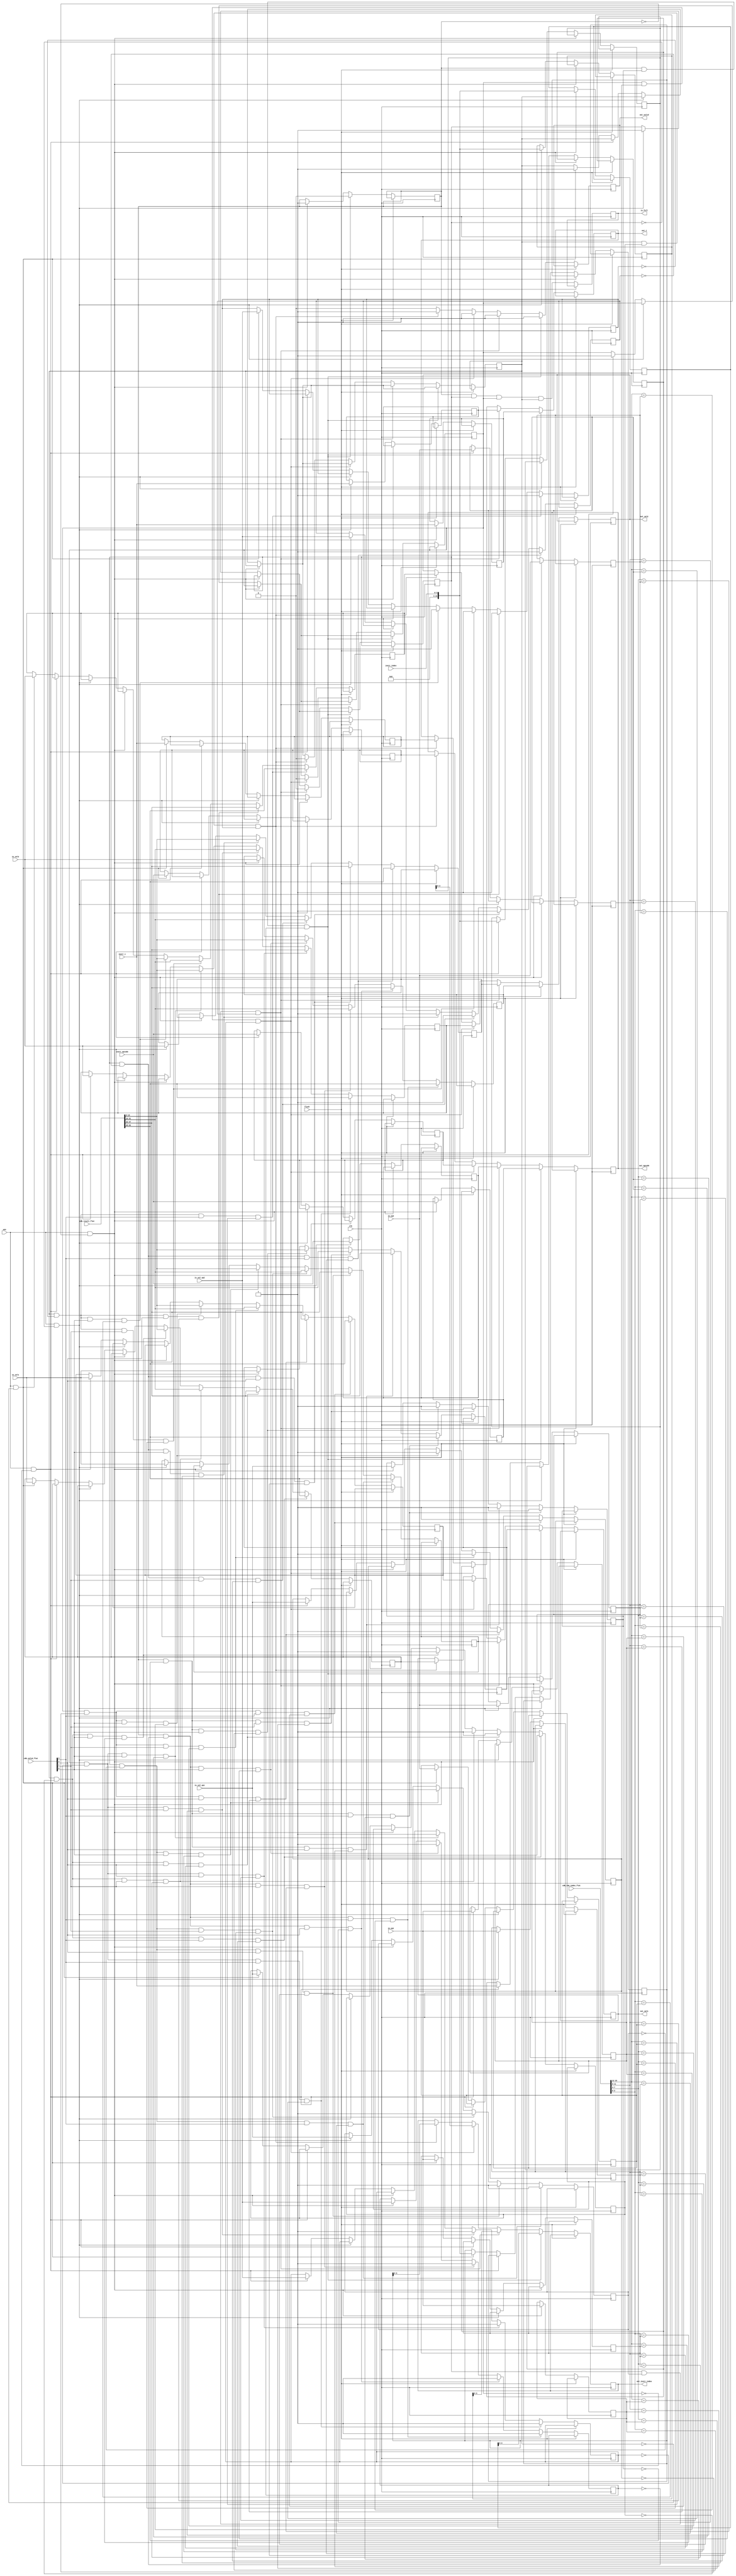
`timescale 1ps/1ps

module ReservationStation(input clk, 
    input wen, input flush,
    input [3:0]instr_index, input [3:0]instr_opcode, input [7:0]instr_i, input [3:0]in_op1, input [3:0]in_op2, input [15:0]in_val1, input [15:0]in_val2, input is_val_op1, input is_val_op2,
    output [3:0]out_instr_index, output [3:0]out_opcode, output [7:0]out_i, output out_valid,
    output [15:0]out_val1, output [15:0]out_val2, output is_full,
    // common data bus input
    input [3:0]cdb_valid_flat, input [15:0]cdb_rob_index_flat, input [63:0]cdb_result_flat
    );
    // if the instruction only has one operand, pass in a value for the second one and set is_val_op2 to true
    genvar n;
    wire cdb_valid[0:3];
    wire [3:0]cdb_rob_index[0:3];
    wire [15:0]cdb_result[0:3];
    generate
        for (n=0;n<4;n=n+1) assign cdb_valid[3-n] = cdb_valid_flat[1*n+0:1*n];
        for (n=0;n<4;n=n+1) assign cdb_rob_index[3-n] = cdb_rob_index_flat[4*n+3:4*n];
        for (n=0;n<4;n=n+1) assign cdb_result[3-n] = cdb_result_flat[16*n+15:16*n];
    endgenerate




    reg [15:0]instruction_indices[0:3]; // holds instruction address in ROB
    reg [3:0]instr_opcodes[0:3]; // holds 4-bit instruction opcodes
    reg [7:0]instr_i_values[0:3];     // holds immediate value for 
    reg instruction_valid[0:3];  // does this row actually represent an instruction or is it empty?
    initial begin
        instruction_valid[0] = 0;
        instruction_valid[1] = 0;
        instruction_valid[2] = 0;
        instruction_valid[3] = 0;
    end
    reg [3:0]op1[0:3];   // store owner of operand 1 register
    reg op1_valid[0:3];  // set to true once op1 resolves to a value
    reg [15:0]val1[0:3]; // store resolved value of operand 1
    reg [3:0]op2[0:3];   // store owner of operand 2 register
    reg op2_valid[0:3];  // set to true once op2 resolves to a value
    reg [15:0]val2[0:3]; // store resolved value of operand 2

    // output an instruction that is ready if stage 1 of the functional unit isn't busy (which it never is because it's pipelined)
    reg [3:0] out_instr_index_reg; // instruction address in ROB
    reg [3:0] out_opcode_reg; // the instruction itself
    reg [7:0] out_i_reg;      // immediate value if needed
    reg       out_valid_reg = 0;            // is this an actual output
    reg [15:0]out_val1_reg;       // resolved value of operand 1
    reg [15:0]out_val2_reg;       // resolved value of operand 2

    // is reservation station full when trying to write versus in general
    reg is_full_reg = 0;

    assign out_instr_index = out_instr_index_reg;
    assign out_opcode = out_opcode_reg;
    assign out_i = out_i_reg;
    assign out_valid = out_valid_reg;
    assign out_val1 = out_val1_reg;
    assign out_val2 = out_val2_reg;
    
    assign is_full = is_full_reg;

    integer i;
    wire i0_valid = instruction_valid[2'b00];
    wire [3:0] i0_opcode = instr_opcodes[0];
    wire i0_op1_valid = op1_valid[0];
    wire i0_op2_valid = op2_valid[0];

    always @(posedge clk) begin
        // flushing is this simple?
        if (~flush) begin
            // write an instruction to a free spot in the reservation station
            if (wen & ~instruction_valid[2'b00]) begin
                instruction_valid[2'b00] <= 1;
                instr_opcodes[2'b00] <= instr_opcode;
                instr_i_values[2'b00] <= instr_i;
                instruction_indices[2'b00] <= instr_index;

                op1[2'b00] <= in_op1;
                op2[2'b00] <= in_op2;

                val1[2'b00] <= in_val1;
                val2[2'b00] <= in_val2;

                op1_valid[2'b00] <= is_val_op1;
                op2_valid[2'b00] <= is_val_op2;
            end
            else if (wen & ~instruction_valid[2'b01]) begin
                instruction_valid[2'b01] <= 1;
                instr_opcodes[2'b01] <= instr_opcode;
                instr_i_values[2'b01] <= instr_i;
                instruction_indices[2'b01] <= instr_index;

                op1[2'b01] <= in_op1;
                op2[2'b01] <= in_op2;

                val1[2'b01] <= in_val1;
                val2[2'b01] <= in_val2;

                op1_valid[2'b01] <= is_val_op1;
                op2_valid[2'b01] <= is_val_op2;
            end
            else if (wen & ~instruction_valid[2'b10]) begin
                instruction_valid[2'b10] <= 1;
                instr_opcodes[2'b10] <= instr_opcode;
                instr_i_values[2'b10] <= instr_i;
                instruction_indices[2'b10] <= instr_index;

                op1[2'b10] <= in_op1;
                op2[2'b10] <= in_op2;

                val1[2'b10] <= in_val1;
                val2[2'b10] <= in_val2;

                op1_valid[2'b10] <= is_val_op1;
                op2_valid[2'b10] <= is_val_op2;
            end
            else if (wen & ~instruction_valid[2'b11]) begin
                instruction_valid[2'b11] <= 1;
                instr_opcodes[2'b11] <= instr_opcode;
                instr_i_values[2'b11] <= instr_i;
                instruction_indices[2'b11] <= instr_index;

                op1[2'b11] <= in_op1;
                op2[2'b11] <= in_op2;

                val1[2'b11] <= in_val1;
                val2[2'b11] <= in_val2;

                op1_valid[2'b11] <= is_val_op1;
                op2_valid[2'b11] <= is_val_op2;
            end

            is_full_reg <= instruction_valid[0] & instruction_valid[1] & instruction_valid[2] & instruction_valid[3];

            // update any operands which aren't ready if common data bus has value  
            for(i = 0; i < 4; i = i + 1) begin
                if (instruction_valid[i] & ~op1_valid[i] & cdb_valid[0] & (cdb_rob_index[0] == op1[i])) begin
                    val1[i] <= cdb_result[0];
                    op1_valid[i] <= 1;
                end
                else if (instruction_valid[i] & ~op1_valid[i] & cdb_valid[1] & (cdb_rob_index[1] == op1[i])) begin
                    val1[i] <= cdb_result[1];
                    op1_valid[i] <= 1;
                end
                else if (instruction_valid[i] & ~op1_valid[i] & cdb_valid[2] & (cdb_rob_index[2] == op1[i])) begin
                    val1[i] <= cdb_result[2];
                    op1_valid[i] <= 1;
                end
                else if (instruction_valid[i] & ~op1_valid[i] & cdb_valid[3] & (cdb_rob_index[3] == op1[i])) begin
                    val1[i] <= cdb_result[3];
                    op1_valid[i] <= 1;
                end


                if (instruction_valid[i] & ~op2_valid[i] & cdb_valid[0] & (cdb_rob_index[0] == op2[i])) begin
                    val2[i] <= cdb_result[0];
                    op2_valid[i] <= 1;
                end
                else if (instruction_valid[i] & ~op2_valid[i] & cdb_valid[1] & (cdb_rob_index[1] == op2[i])) begin
                    val2[i] <= cdb_result[1];
                    op2_valid[i] <= 1;
                end
                else if (instruction_valid[i] & ~op2_valid[i] & cdb_valid[2] & (cdb_rob_index[2] == op2[i])) begin
                    val2[i] <= cdb_result[2];
                    op2_valid[i] <= 1;
                end
                else if (instruction_valid[i] & ~op2_valid[i] & cdb_valid[3] & (cdb_rob_index[3] == op2[i])) begin
                    val2[i] <= cdb_result[3];
                    op2_valid[i] <= 1;
                end
            end


            // output next ready instruction
            if (instruction_valid[2'b00] & op1_valid[2'b00] & op2_valid[2'b00]) begin
                instruction_valid[2'b00] <= 0;
                out_instr_index_reg <= instruction_indices[2'b00];
                out_opcode_reg <= instr_opcodes[2'b00]; 
                out_i_reg <= instr_i_values[2'b00];
                out_valid_reg <= 1;      
                out_val1_reg <= val1[2'b00];       
                out_val2_reg <= val2[2'b00];
            end
            else if (instruction_valid[2'b01] & op1_valid[2'b01] & op2_valid[2'b01]) begin
                instruction_valid[2'b01] <= 0;
                out_instr_index_reg <= instruction_indices[2'b01];
                out_opcode_reg <= instr_opcodes[2'b01]; 
                out_i_reg <= instr_i_values[2'b01];
                out_valid_reg <= 1;      
                out_val1_reg <= val1[2'b01];       
                out_val2_reg <= val2[2'b01];
            end
            else if (instruction_valid[2'b10] & op1_valid[2'b10] & op2_valid[2'b10]) begin
                instruction_valid[2'b10] <= 0;
                out_instr_index_reg <= instruction_indices[2'b10];
                out_opcode_reg <= instr_opcodes[2'b10]; 
                out_i_reg <= instr_i_values[2'b10];
                out_valid_reg <= 1;      
                out_val1_reg <= val1[2'b10];       
                out_val2_reg <= val2[2'b10];
            end
            else if (instruction_valid[2'b11] & op1_valid[2'b11] & op2_valid[2'b11]) begin
                instruction_valid[2'b11] <= 0;
                out_instr_index_reg <= instruction_indices[2'b11];
                out_opcode_reg <= instr_opcodes[2'b11]; 
                out_i_reg <= instr_i_values[2'b11];
                out_valid_reg <= 1;      
                out_val1_reg <= val1[2'b11];       
                out_val2_reg <= val2[2'b11];
            end
            else begin
                out_valid_reg <= 0;
            end
        end
    end

endmodule